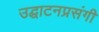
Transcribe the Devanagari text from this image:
उद्घाटनप्रसंगी